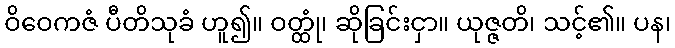
ဝိဝေကဇံ ပီတိသုခံ ဟူ၍။ ဝတ္ထုံ၊ ဆိုခြင်းငှာ။ ယုဇ္ဇတိ၊ သင့်၏။ ပန၊